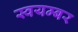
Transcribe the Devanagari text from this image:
स्वयम्बर